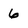
Character: 6